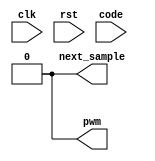
module dac #(
    parameter CYCLES_PER_WINDOW = 1024,
    parameter CODE_WIDTH = $clog2(CYCLES_PER_WINDOW)
)(
    input clk,
    input rst,
    input [CODE_WIDTH-1:0] code,
    output next_sample,
    output reg pwm
);
    assign pwm = 0;
    assign next_sample = 0;
endmodule